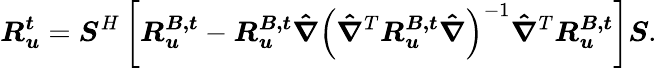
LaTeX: \boldsymbol{R_{u}^{t}}=\boldsymbol{S}^{H}\left[\boldsymbol{R_{u}^{B,t}}-\boldsymbol{R_{u}^{B,t}}\boldsymbol{\hat{\nabla}}\left(\boldsymbol{\hat{\nabla}}^{T}\boldsymbol{R_{u}^{B,t}}\boldsymbol{\hat{\nabla}}\right)^{-1}\boldsymbol{\hat{\nabla}}^{T}\boldsymbol{R_{u}^{B,t}}\right]\boldsymbol{S}.